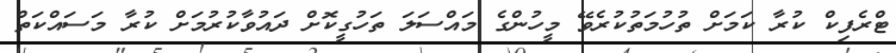
ޓްރެފިކް ކުރާ ކަމަށް ތުހުމަތުކުރެވޭ މީހުންގެ މައްސަލަ ތަހުގީކޮށް ދައުވާކުރުމަށް ކުރާ މަސައްކަތް